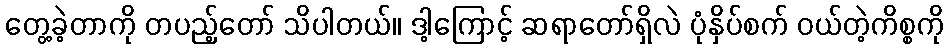
တွေ့ခဲ့တာကို တပည့်တော် သိပါတယ်။ ဒါ့ကြောင့် ဆရာတော်ရှိလဲ ပုံနှိပ်စက် ဝယ်တဲ့ကိစ္စကို